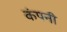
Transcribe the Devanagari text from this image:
कंपनी